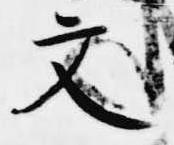
文